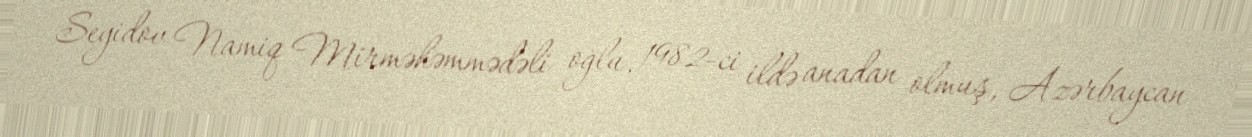
Seyidov Namiq Mirməhəmmədəli oğlu, 1982-ci ildə anadan olmuş, Azərbaycan